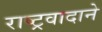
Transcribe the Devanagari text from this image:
राष्ट्रवादाने